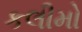
કલીમો